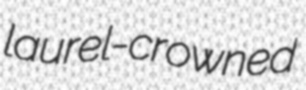
laurel-crowned